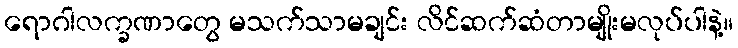
ရောဂါလက္ခဏာတွေ မသက်သာမချင်း လိင်ဆက်ဆံတာမျိုးမလုပ်ပါနဲ့။